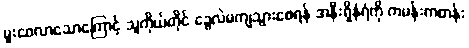
မူးဝေလာသောကြောင့် သူကိုယ်တိုင် ခွေလဲမကျသွားစေရန် အနီးရှိနံရံကို ကမန်းကတန်း